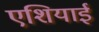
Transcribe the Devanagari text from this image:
एशियाई